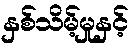
နှစ်သိမ့်မှုနှင့်